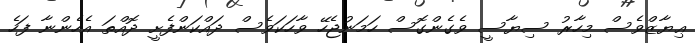
ޢިޔާޒްވެސް މިހާރު ސިޔާސީ ވެގެންގޮސް ހަމަނުޖެހޭ ވާހަކަވެސް ދައްކަންފެށީ ދޮއްތަ އެހެންނާ ފަހެ